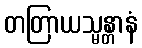
တတြာယသ္မန္တာနံ